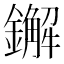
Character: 𨮂